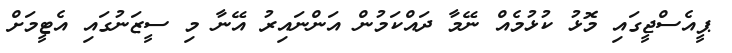
ޕީއެސްޖީގައި މޮޅު ކުޅުމެއް ނޭމާ ދައްކަމުން އަންނައިރު އޭނާ މި ސީޒަނުގައި އެޓީމަށް